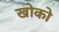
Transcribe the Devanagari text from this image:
खोको